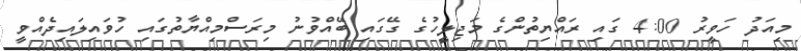
މިއަދު ހަވީރު 4:00 ގައި ރައްޔިތުންގެ މަޖިލީހުގެ ގޭގައި ބޭއްވުނު މިރަސްމިއްޔާތުގައި ހުވައިލައިދެއްވީ